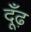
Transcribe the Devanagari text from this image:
दूँढ़